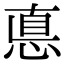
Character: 悳